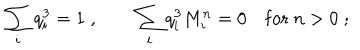
\sum _ { i } q _ { i } ^ { 3 } = 1 \; , \quad \quad \sum _ { i } q _ { i } ^ { 3 } M _ { i } ^ { n } = 0 \quad \mathrm { f o r } \ n > 0 \; ;